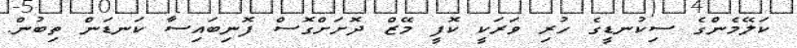
ކަލޭމެންގެ ސިކުނޑީގެ ހުރި ވަރަކީ ކޮފީ މޭޒް ދޮށަށްގޮސް ފޮނިބައިސާ ކަނޑަން ތިބުން.